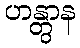
ဟန္တွာန